Report of an investigation of the epidemic of malarial fever in Assam, or, kala-azar
Disease focus: Malaria
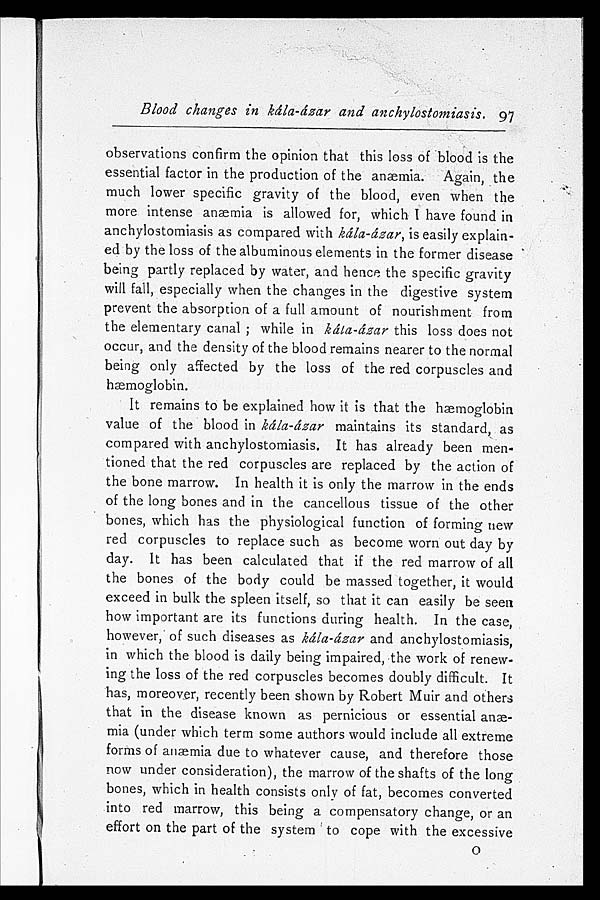
Blood changes in kála-ázar and anchylostomiasis. 97
observations confirm the opinion that this loss of blood is the
essential factor in the production of the anæmia. Again, the
much lower specific gravity of the blood, even when the
more intense anæmia is allowed for, which I have found in
anchylostomiasis as compared with kála-ázar, is easily explain
-ed by the loss of the albuminous elements in the former disease
being partly replaced by water, and hence the specific gravity
will fall, especially when the changes in the digestive system
prevent the absorption of a full amount of nourishment from
the elementary canal; while in kála-ázar this loss does not
occur, and the density of the blood remains nearer to the normal
being only affected by the loss of the red corpuscles and
hæmoglobin.
It remains to be explained how it is that the hæmoglobin
value of the blood in kála-ázar maintains its standard, as
compared with anchylostomiasis. It has already been men
-tioned that the red corpuscles are replaced by the action of
the bone marrow. In health it is only the marrow in the ends
of the long bones and in the cancellous tissue of the other
bones, which has the physiological function of forming new
red corpuscles to replace such as become worn out day by
day. It has been calculated that if the red marrow of all
the bones of the body could be massed together, it would
exceed in bulk the spleen itself, so that it can easily be seen
how important are its functions during health. In the case,
however, of such diseases as kála-ázar and anchylostomiasis,
in which the blood is daily being impaired, the work of renew
-ing the loss of the red corpuscles becomes doubly difficult. It
has, moreover, recently been shown by Robert Muir and others
that in the disease known as pernicious or essential an
æ - m i a ( u n d e r w h i c h t e r m s o m e a u t h o r s w o u l d i n c l u d e a l l e x t r e m e
forms of anæmia due to whatever cause, and therefore those
now under consideration), the marrow of the shafts of the long
bones, which in health consists only of fat, becomes converted
into red marrow, this being a compensatory change, or an
effort on the part of the system to cope with the excessive